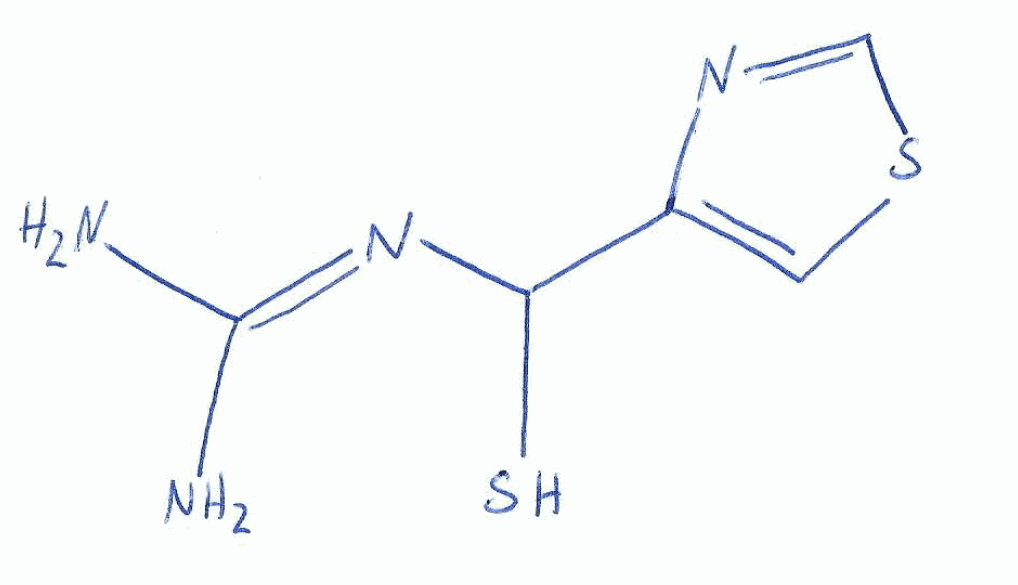
Simplified molecular-input line-entry system (SMILES) notation of the given molecule:
C1=C(N=CS1)C(N=C(N)N)S